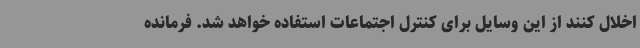
اخلال کنند از این وسایل برای کنترل اجتماعات استفاده خواهد شد. فرمانده